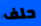
حلف